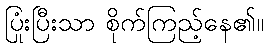
ပြုံးပြီးသာ စိုက်ကြည့်နေ၏။